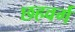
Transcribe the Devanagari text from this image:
छहवर्ग